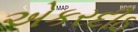
એકરદીઠ